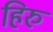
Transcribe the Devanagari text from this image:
हिरु